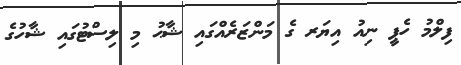
ފިލްމު ހެޕީ ނިއު އިޔަރ ގެ މަންޒަރެއްގައި ޝާޙު މި ލިސްޓުގައި ޝާހުގެ